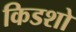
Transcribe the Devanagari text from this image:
किडशो